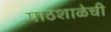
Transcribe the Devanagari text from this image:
पाठशाळेची